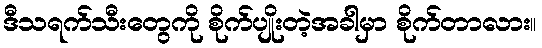
ဒီသရက်သီးတွေကို စိုက်ပျိုးတဲ့အခါမှာ စိုက်တာလား။